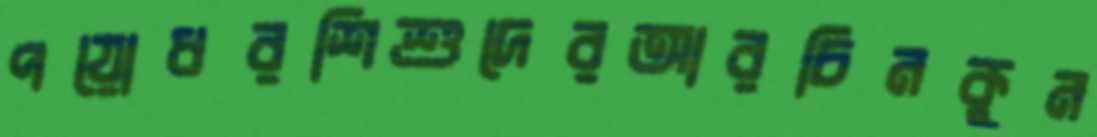
পয়োধরশিশুদেরআরচিনকুন